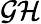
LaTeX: \cal GH